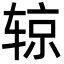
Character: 辌